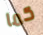
كما